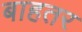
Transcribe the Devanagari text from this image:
बाहतर